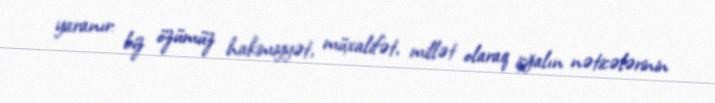
yaranır: biz özümüz hakimiyyət, müxalifət, millət olaraq işğalın nəticələrinin